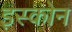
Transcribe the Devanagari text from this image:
इस्कोन